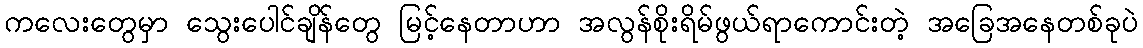
ကလေးတွေမှာ သွေးပေါင်ချိန်တွေ မြင့်နေတာဟာ အလွန်စိုးရိမ်ဖွယ်ရာကောင်းတဲ့ အခြေအနေတစ်ခုပဲ